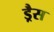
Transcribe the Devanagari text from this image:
ड्रैस